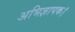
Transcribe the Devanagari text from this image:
अभिज्ञापक।